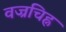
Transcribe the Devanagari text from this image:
वज्रचिह्न